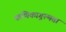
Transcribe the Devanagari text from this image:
कणिकागुल्मता